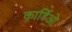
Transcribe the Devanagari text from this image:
कार्डिओ